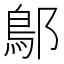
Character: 鄥